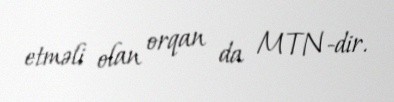
etməli olan orqan da MTN-dir.